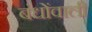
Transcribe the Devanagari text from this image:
बंधोंवाली